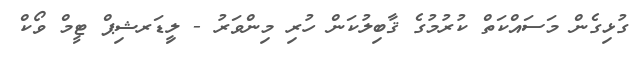
ގުޅިގެން މަސައްކަތް ކުރުމުގެ ޤާބިލުކަން ހުރި މިންވަރު - ލިީޑަރޝިޕް ޓީމް ވޯކް